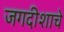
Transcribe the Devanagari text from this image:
जगदीशाचे